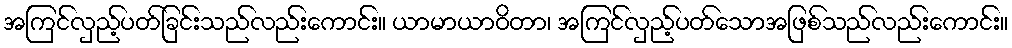
အကြင်လှည့်ပတ်ခြင်းသည်လည်းကောင်း။ ယာမာယာဝိတာ၊ အကြင်လှည့်ပတ်သောအဖြစ်သည်လည်းကောင်း။